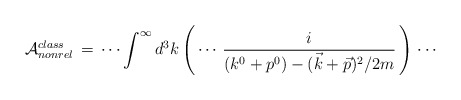
\begin{align*} {\cal{A}}^{class}_{nonrel}\,=\,\cdots\int^\infty d^3 k\left(\,\cdots\,\frac{i}{(k^0+p^0)-(\vec{k}+\vec{p})^2/2m }\, \right)\,\cdots\end{align*}